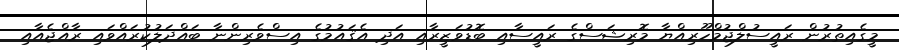
މީގެއިތުރުން ރައީސުލްޖުމްހޫރިއްޔާ މޮރިޝަސްގެ ރައީސާއި ބޮޑުވަޒީރާއި އަދި އެޤައުމުގެ އިސްވެރިންނާ ބައްދަލުކުރައްވައި ރާއްޖެއާއި